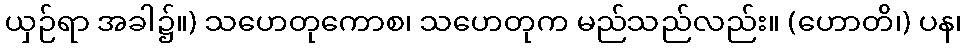
ယှဉ်ရာ အခါ၌။) သဟေတုကောစ၊ သဟေတုက မည်သည်လည်း။ (ဟောတိ၊) ပန၊